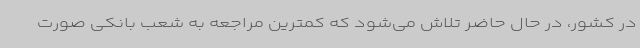
در کشور، در حال حاضر تلاش می‌شود که کمترین مراجعه به شعب بانکی صورت